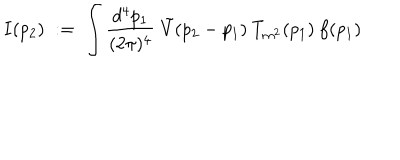
I ( p _ { 2 } ) \; : = \; \int \frac { d ^ { 4 } p _ { 1 } } { ( 2 \pi ) ^ { 4 } } \; \tilde { V } ( p _ { 2 } - p _ { 1 } ) \: T _ { m ^ { 2 } } ( p _ { 1 } ) \: f ( p _ { 1 } )